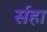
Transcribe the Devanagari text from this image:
र्सहा